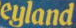
eyland